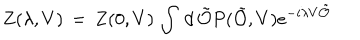
Z ( \lambda , V ) \, = \, Z ( 0 , V ) \, \int \, d \, \tilde { \cal O } P ( \tilde { \cal O } , V ) e ^ { - i \lambda V \tilde { \cal O } }